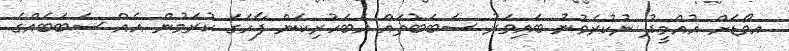
އވޯޑަށް އުއްމީދު ނުކުރެވުނު ބައިވަރު ސަބަބުތައް އެބަހުރިކަން ފާހަގަ ކުރަމުން އެއް ސަބަބެއްގެ